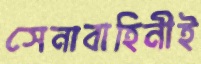
সেনাবাহিনীই